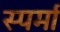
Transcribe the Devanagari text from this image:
स्पर्मा